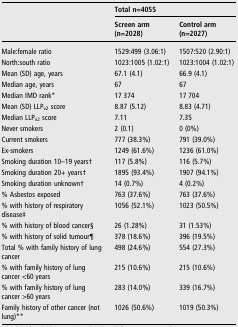
<table><thead><tr><td><b> </b></td><td colspan="2"><b>Total n=4055</b></td></tr><tr><td></td><td><b>Screen arm (n=2028)</b></td><td><b>Control arm (n=2027)</b></td></tr></thead><tbody><tr><td>Male:female ratio</td><td>1529:499 (3.06:1)</td><td>1507:520 (2.90:1)</td></tr><tr><td>North:south ratio</td><td>1023:1005 (1.02:1)</td><td>1023:1004 (1.02:1)</td></tr><tr><td>Mean (SD) age, years</td><td>67.1 (4.1)</td><td>66.9 (4.1)</td></tr><tr><td>Median age, years</td><td>67</td><td>67</td></tr><tr><td>Median IMD rank*</td><td>17 374</td><td>17 704</td></tr><tr><td>Mean (SD) LLP<sub>v2</sub> score</td><td>8.87 (5.12)</td><td>8.83 (4.71)</td></tr><tr><td>Median LLP<sub>v2</sub> score</td><td>7.11</td><td>7.35</td></tr><tr><td>Never smokers</td><td>2 (0.1)</td><td>0 (0%)</td></tr><tr><td>Current smokers</td><td>777 (38.3%)</td><td>791 (39.0%)</td></tr><tr><td>Ex-smokers</td><td>1249 (61.6%)</td><td>1236 (61.0%)</td></tr><tr><td>Smoking duration 10–19 years†</td><td>117 (5.8%)</td><td>116 (5.7%)</td></tr><tr><td>Smoking duration 20+ years†</td><td>1895 (93.4%)</td><td>1907 (94.1%)</td></tr><tr><td>Smoking duration unknown†</td><td>14 (0.7%)</td><td>4 (0.2%)</td></tr><tr><td>% Asbestos exposed</td><td>763 (37.6%)</td><td>763 (37.6%)</td></tr><tr><td>% with history of respiratory disease‡</td><td>1056 (52.1%)</td><td>1023 (50.5%)</td></tr><tr><td>% with history of blood cancer§</td><td>26 (1.28%)</td><td>31 (1.53%)</td></tr><tr><td>% with history of solid tumour¶</td><td>378 (18.6%)</td><td>396 (19.5%)</td></tr><tr><td>Total % with family history of lung cancer</td><td>498 (24.6%)</td><td>554 (27.3%)</td></tr><tr><td>% with family history of lung cancer &lt;60 years</td><td>215 (10.6%)</td><td>215 (10.6%)</td></tr><tr><td>% with family history of lung cancer &gt;60 years</td><td>283 (14.0%)</td><td>339 (16.7%)</td></tr><tr><td>Family history of other cancer (not lung)**</td><td>1026 (50.6%)</td><td>1019 (50.3%)</td></tr></tbody></table>